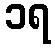
၁ရ